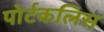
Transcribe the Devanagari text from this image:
पोर्टकलिस